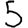
Digit: 5